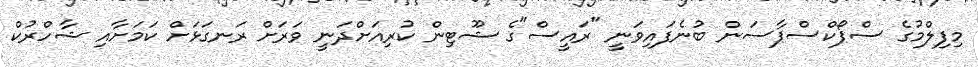
މިފިލްމުގެ ސްޕޯކްސްޕާސަން ބުނެފައިވަނީ "ރައީސް"ގެ ޝޫޓިން ކުރިއަށްދަނީ ވަރަށް ރަނގަޅަށް ކަމަށާއި ޝާހްރުކް